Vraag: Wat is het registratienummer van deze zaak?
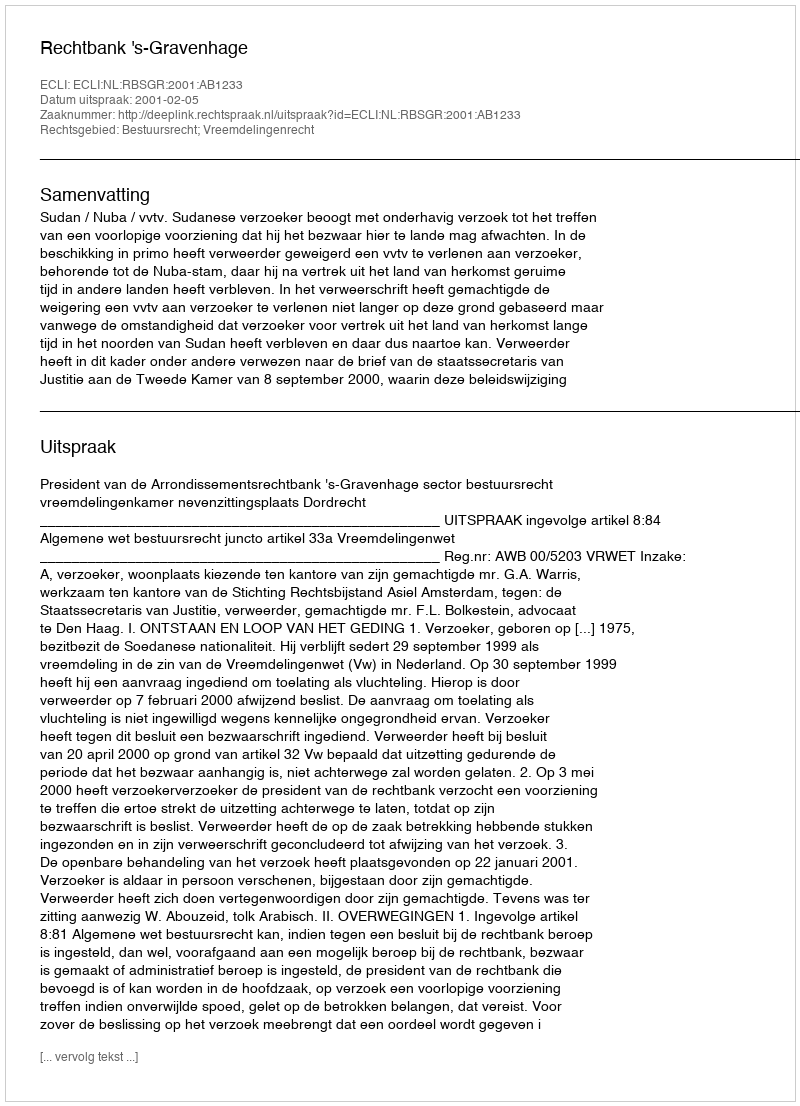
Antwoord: http://deeplink.rechtspraak.nl/uitspraak?id=ECLI:NL:RBSGR:2001:AB1233